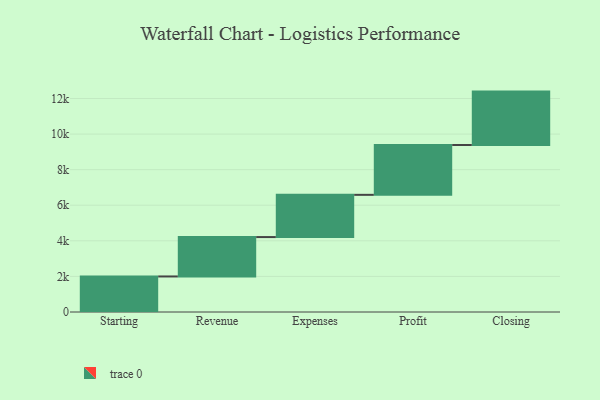
{"axis": {"x": "Step", "y": "Value"}, "legend": [""], "data": [{"x": "Starting", "y": 1997.0, "type": ""}, {"x": "Revenue", "y": 2214.0, "type": ""}, {"x": "Expenses", "y": 2373.0, "type": ""}, {"x": "Profit", "y": 2802.0, "type": ""}, {"x": "Closing", "y": 3000, "type": ""}]}